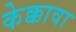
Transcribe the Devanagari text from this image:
केक्कावा